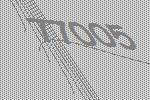
77005